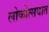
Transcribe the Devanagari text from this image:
लोकोत्सवात